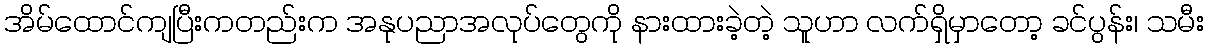
အိမ်ထောင်ကျပြီးကတည်းက အနုပညာအလုပ်တွေကို နားထားခဲ့တဲ့ သူဟာ လက်ရှိမှာတော့ ခင်ပွန်း၊ သမီး